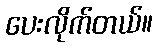
ပေးလိုက်တယ်။